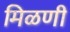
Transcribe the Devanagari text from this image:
मिळणी